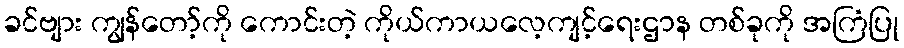
ခင်ဗျား ကျွန်တော့်ကို ကောင်းတဲ့ ကိုယ်ကာယလေ့ကျင့်ရေးဌာန တစ်ခုကို အကြံပြု